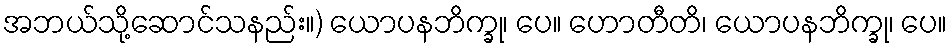
အဘယ်သို့ဆောင်သနည်း။) ယောပနဘိက္ခု၊ ပေ။ ဟောတီတိ၊ ယောပနဘိက္ခု၊ ပေ။